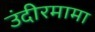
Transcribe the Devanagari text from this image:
उंदीरमामा